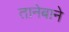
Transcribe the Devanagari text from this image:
तानेबाने